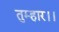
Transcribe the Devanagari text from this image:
तुम्‍हार।।